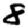
Digit: 8